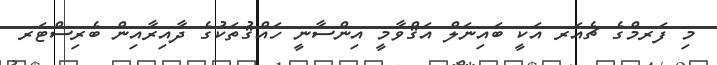
މި ފަރމްގެ ޗެއަރ އަކީ ބައިނަލް އަޤްވާމީ އިންސާނީ ހައްޤުތަކުގެ ދާއިރާއިން ބެރިސްޓަރ